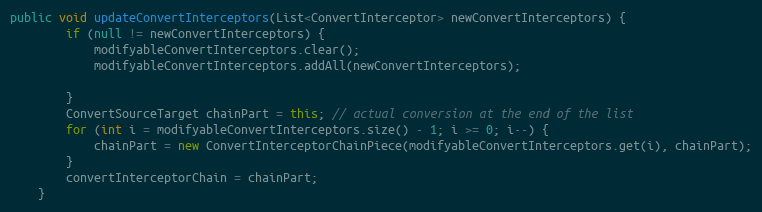
Language: Java
public void updateConvertInterceptors(List<ConvertInterceptor> newConvertInterceptors) {
        if (null != newConvertInterceptors) {
            modifyableConvertInterceptors.clear();
            modifyableConvertInterceptors.addAll(newConvertInterceptors);

        }
        ConvertSourceTarget chainPart = this; // actual conversion at the end of the list
        for (int i = modifyableConvertInterceptors.size() - 1; i >= 0; i--) {
            chainPart = new ConvertInterceptorChainPiece(modifyableConvertInterceptors.get(i), chainPart);
        }
        convertInterceptorChain = chainPart;
    }